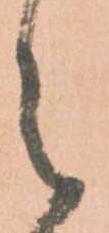
之